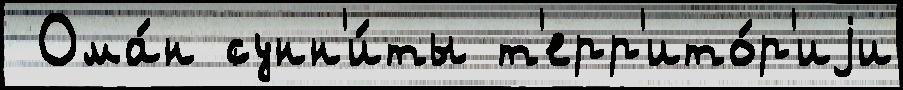
 Ома́н сунн'и́ты т'ерр'ито́р'иjи